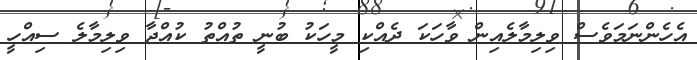
އެހެންނަމަވެސް ވިލިމާލެއިން ވާހަކަ ދެއްކި މީހަކު ބުނީ ތުއްތު ކުއްޖާ ވިލިމާލެ ސިއްހީ